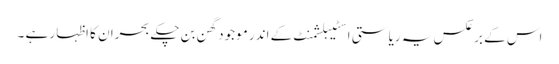
اس کے برعکس یہ ریاستی اسٹیبلشمنٹ کے اندر موجود گھن بن چکے بحران کا اظہار ہے ۔